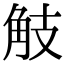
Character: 𧣄